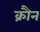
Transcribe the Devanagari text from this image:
क्रौन